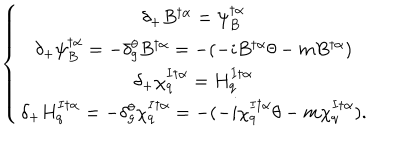
LaTeX: \left\{ \begin{array} { c } { { \delta _ { + } B ^ { \dagger \alpha } = \psi _ { B } ^ { \dagger \alpha } } } \\ { { \delta _ { + } \psi _ { B } ^ { \dagger \alpha } = - \delta _ { g } ^ { \theta } B ^ { \dagger \alpha } = - ( - i B ^ { \dagger \alpha } \theta - m B ^ { \dagger \alpha } ) } } \\ { { \delta _ { + } \chi _ { q } ^ { I \dagger \alpha } = H _ { q } ^ { I \dagger \alpha } } } \\ { { \delta _ { + } H _ { q } ^ { I \dagger \alpha } = - \delta _ { g } ^ { \theta } \chi _ { q } ^ { I \dagger \alpha } = - ( - i \chi _ { q } ^ { I \dagger \alpha } \theta - m \chi _ { q } ^ { I \dagger \alpha } ) . } } \\ \end{array} \right.